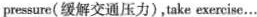
|pressure(缓解交通压力),take exercise…